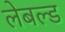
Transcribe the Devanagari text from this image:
लेबल्ड